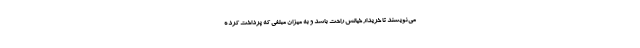
می‌نویسند تا خریدار خیالش راحت باشد و به میزان مبلغی که پرداخت کرده